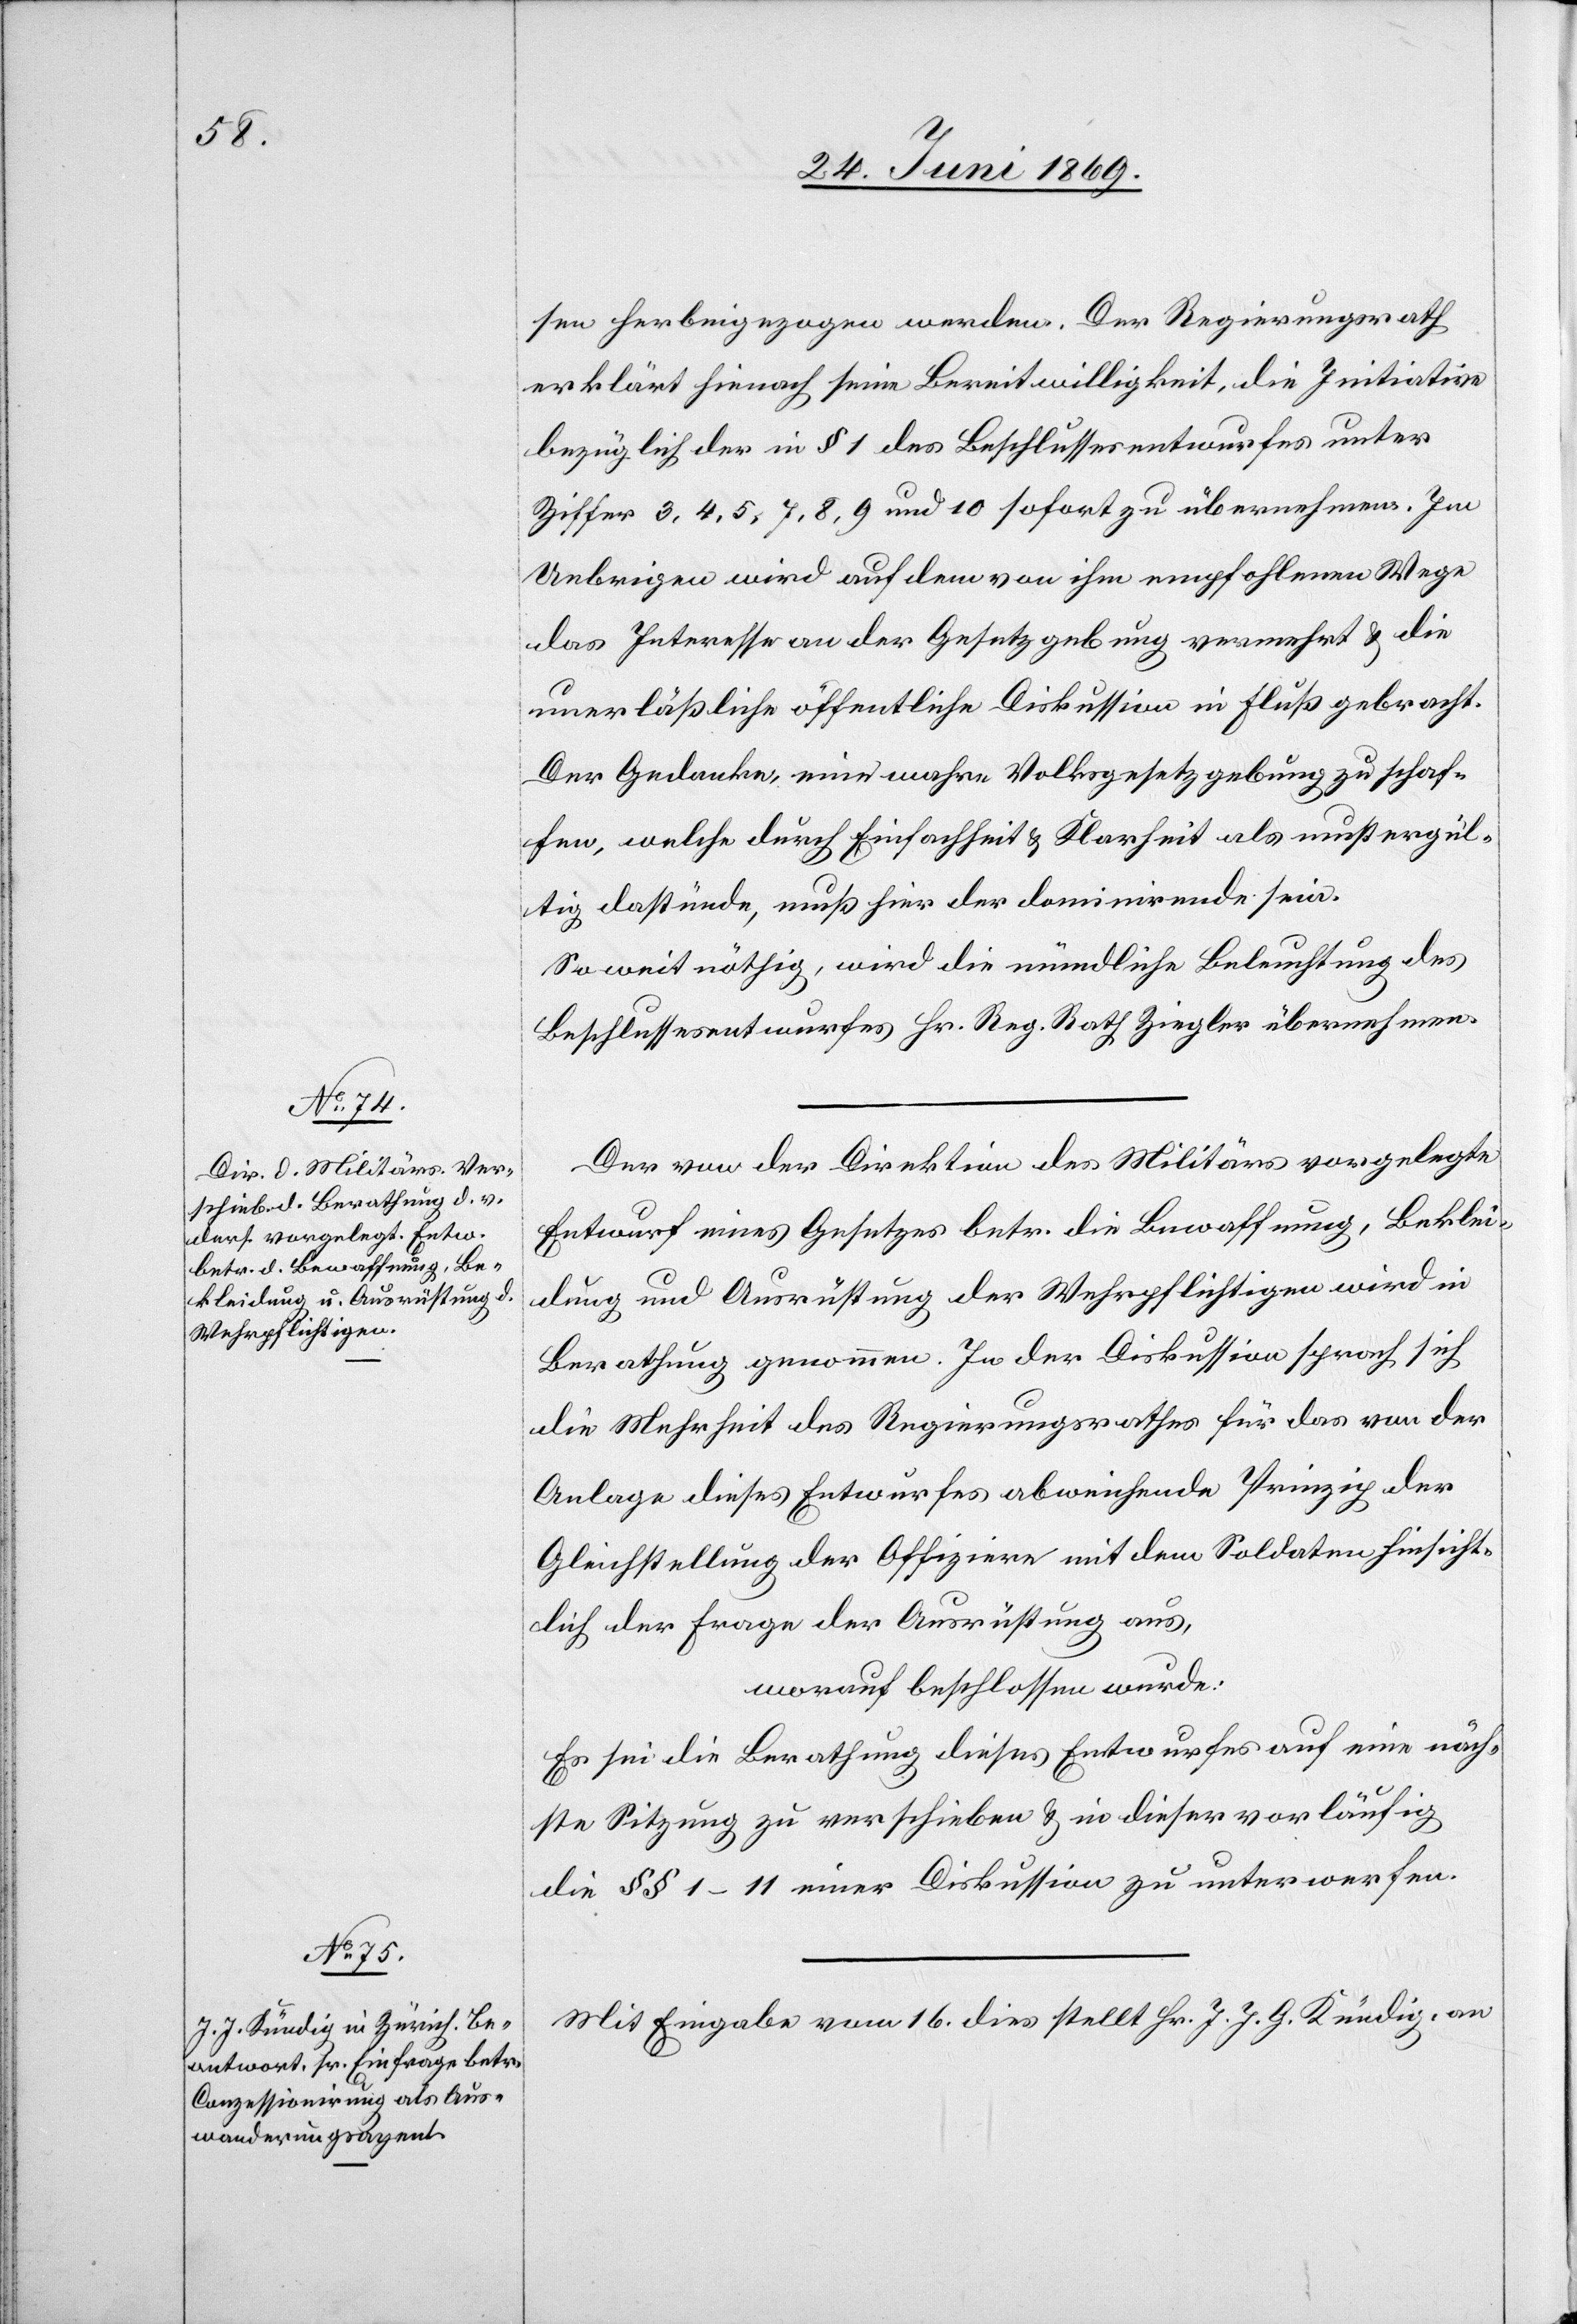
Der von der Direktion des Militärs vorgelegte
Entwurf eines Gesetzes betr. die Bewaffnung, Beklei¬
dung und Ausrüstung der Wehrpflichtigen wird in
Berathung genommen. In der Diskussion sprach sich
die Mehrheit des Regierungsrathes für den von der
Anlage dieses Entwurfes abweichende Prinzip der
Gleichstellung der Offiziere mit dem Soldaten hinsicht¬
lich der Frage der Ausrüstung aus,
worauf beschlossen wurde;
Es sei die Berathung dieses Entwurfes auf eine näch¬
ste Sitzung zu verschieben u. in dieser vorläufig
die §§ 1–11 einer Diskussion zu unterwerfen.
Mit Eingabe vom 16 dies stellt Hr. J. J. G. Kündig, an